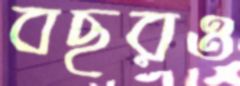
বছরও